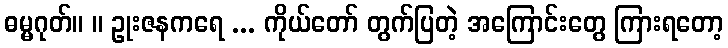
ဓမ္မဂုတ်။ ။ ဥုးဇနကရေ ... ကိုယ်တော် တွက်ပြတဲ့ အကြောင်းတွေ ကြားရတော့